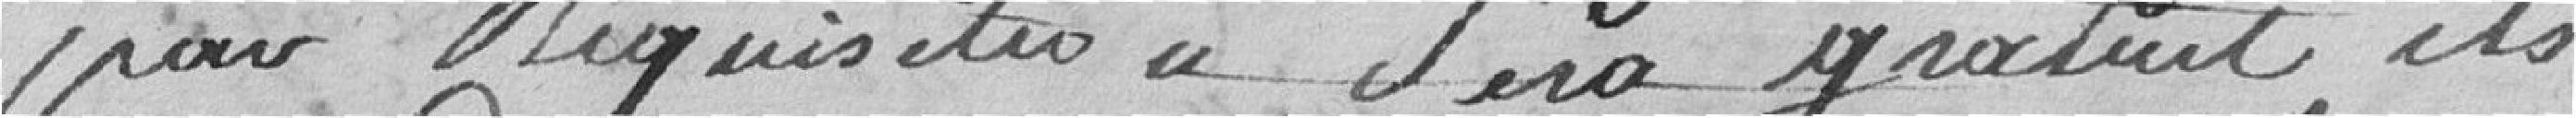
par réquisition sera gratuit, ils